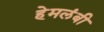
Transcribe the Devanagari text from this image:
हेमलंबी